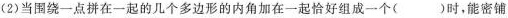
(2)当围绕一点拼在一起的几个多边形的内角加在一起恰好组成一个( )时，能密铺